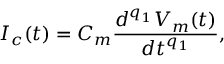
I _ { c } ( t ) = C _ { m } \frac { d ^ { q _ { 1 } } V _ { m } ( t ) } { d t ^ { q _ { 1 } } } ,